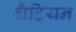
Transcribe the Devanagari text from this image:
चैटियन